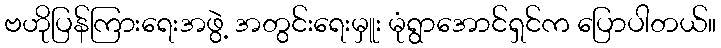
ဗဟိုပြန်ကြားရေးအဖွဲ့ အတွင်းရေးမှူး မုံရွာအောင်ရှင်က ပြောပါတယ်။